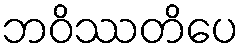
ဘဝိဿတိပေ